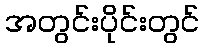
အတွင်းပိုင်းတွင်